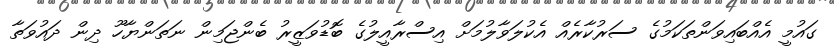
ގައުމީ އެއްބައިވަންތަކަމުގެ ސަރުކާރެއް އެކުލަވާލުމަށް އިސްރާއީލުގެ ބޮޑުވަޒީރު ބެންޖަމިން ނަތަންޔާހޫ ދިން ދައުވަތާ